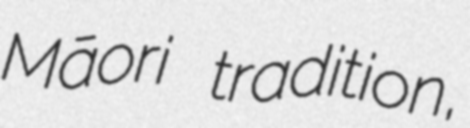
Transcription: Māori tradition,